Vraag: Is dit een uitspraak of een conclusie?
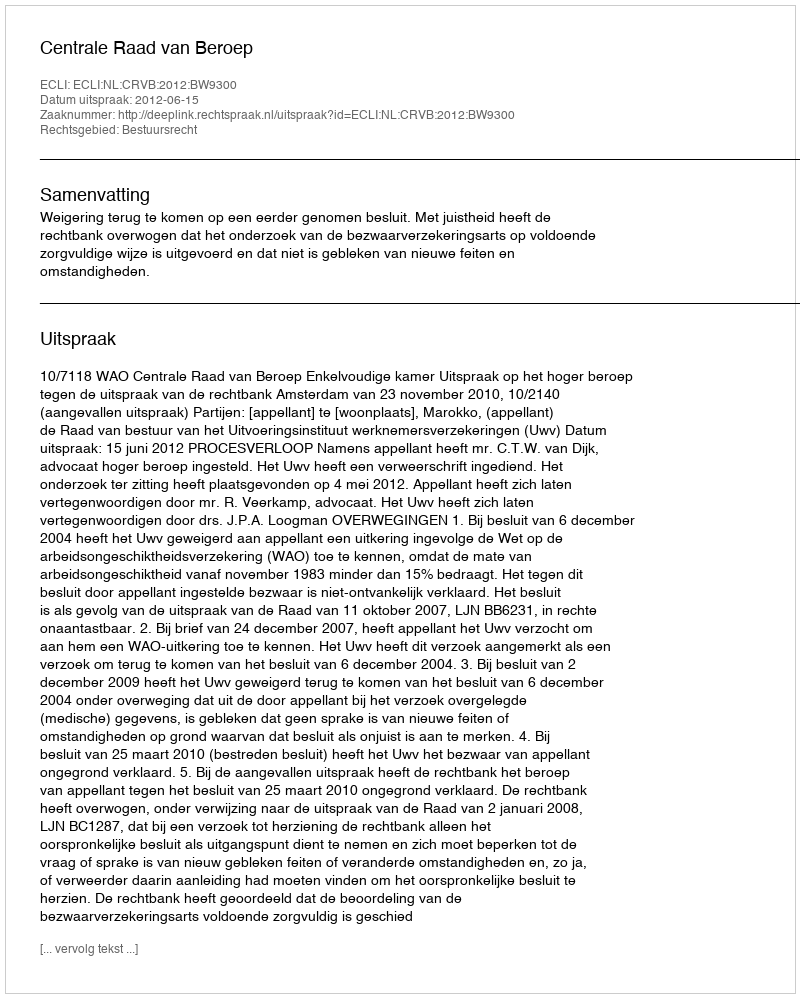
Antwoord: Uitspraak